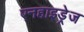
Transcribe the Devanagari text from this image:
एनहाइड्रेज